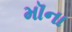
મૉના